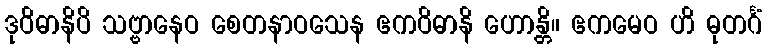
ဒုဝိဓာနိပိ သဗ္ဗာနေဝ စေတနာဝသေန ဧကဝိဓာနိ ဟောန္တိ။ ဧကမေဝ ဟိ ဓုတင်္ဂံ